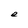
Character: e